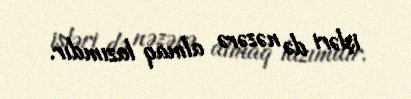
işləri də nəzərə almaq lazımdır.